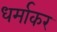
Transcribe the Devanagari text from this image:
धर्माकर